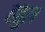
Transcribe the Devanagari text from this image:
हतुल